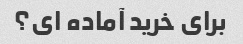
برای خرید آماده ای؟